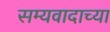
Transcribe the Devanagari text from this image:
सम्यवादाच्या